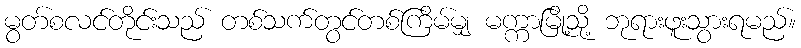
မွတ်စလင်တိုင်းသည် တစ်သက်တွင်တစ်ကြိမ်မျှ မက္ကာမြို့သို့ ဘုရားဖူးသွားရမည်။